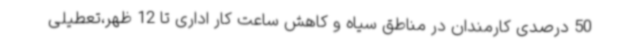
50 درصدی کارمندان در مناطق سیاه و کاهش ساعت کار اداری تا 12 ظهر،تعطیلی